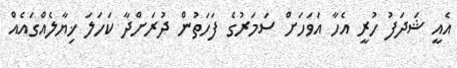
އެއީ ޝަދަފު ހުރީ އެހާ އަވަހަށް ސަމަރުގެ ފަހަތުން ދުރަށްދާ ކަހަލަ ޚިޔާލެއްގައެއް